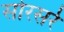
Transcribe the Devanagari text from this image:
सोरसर्र